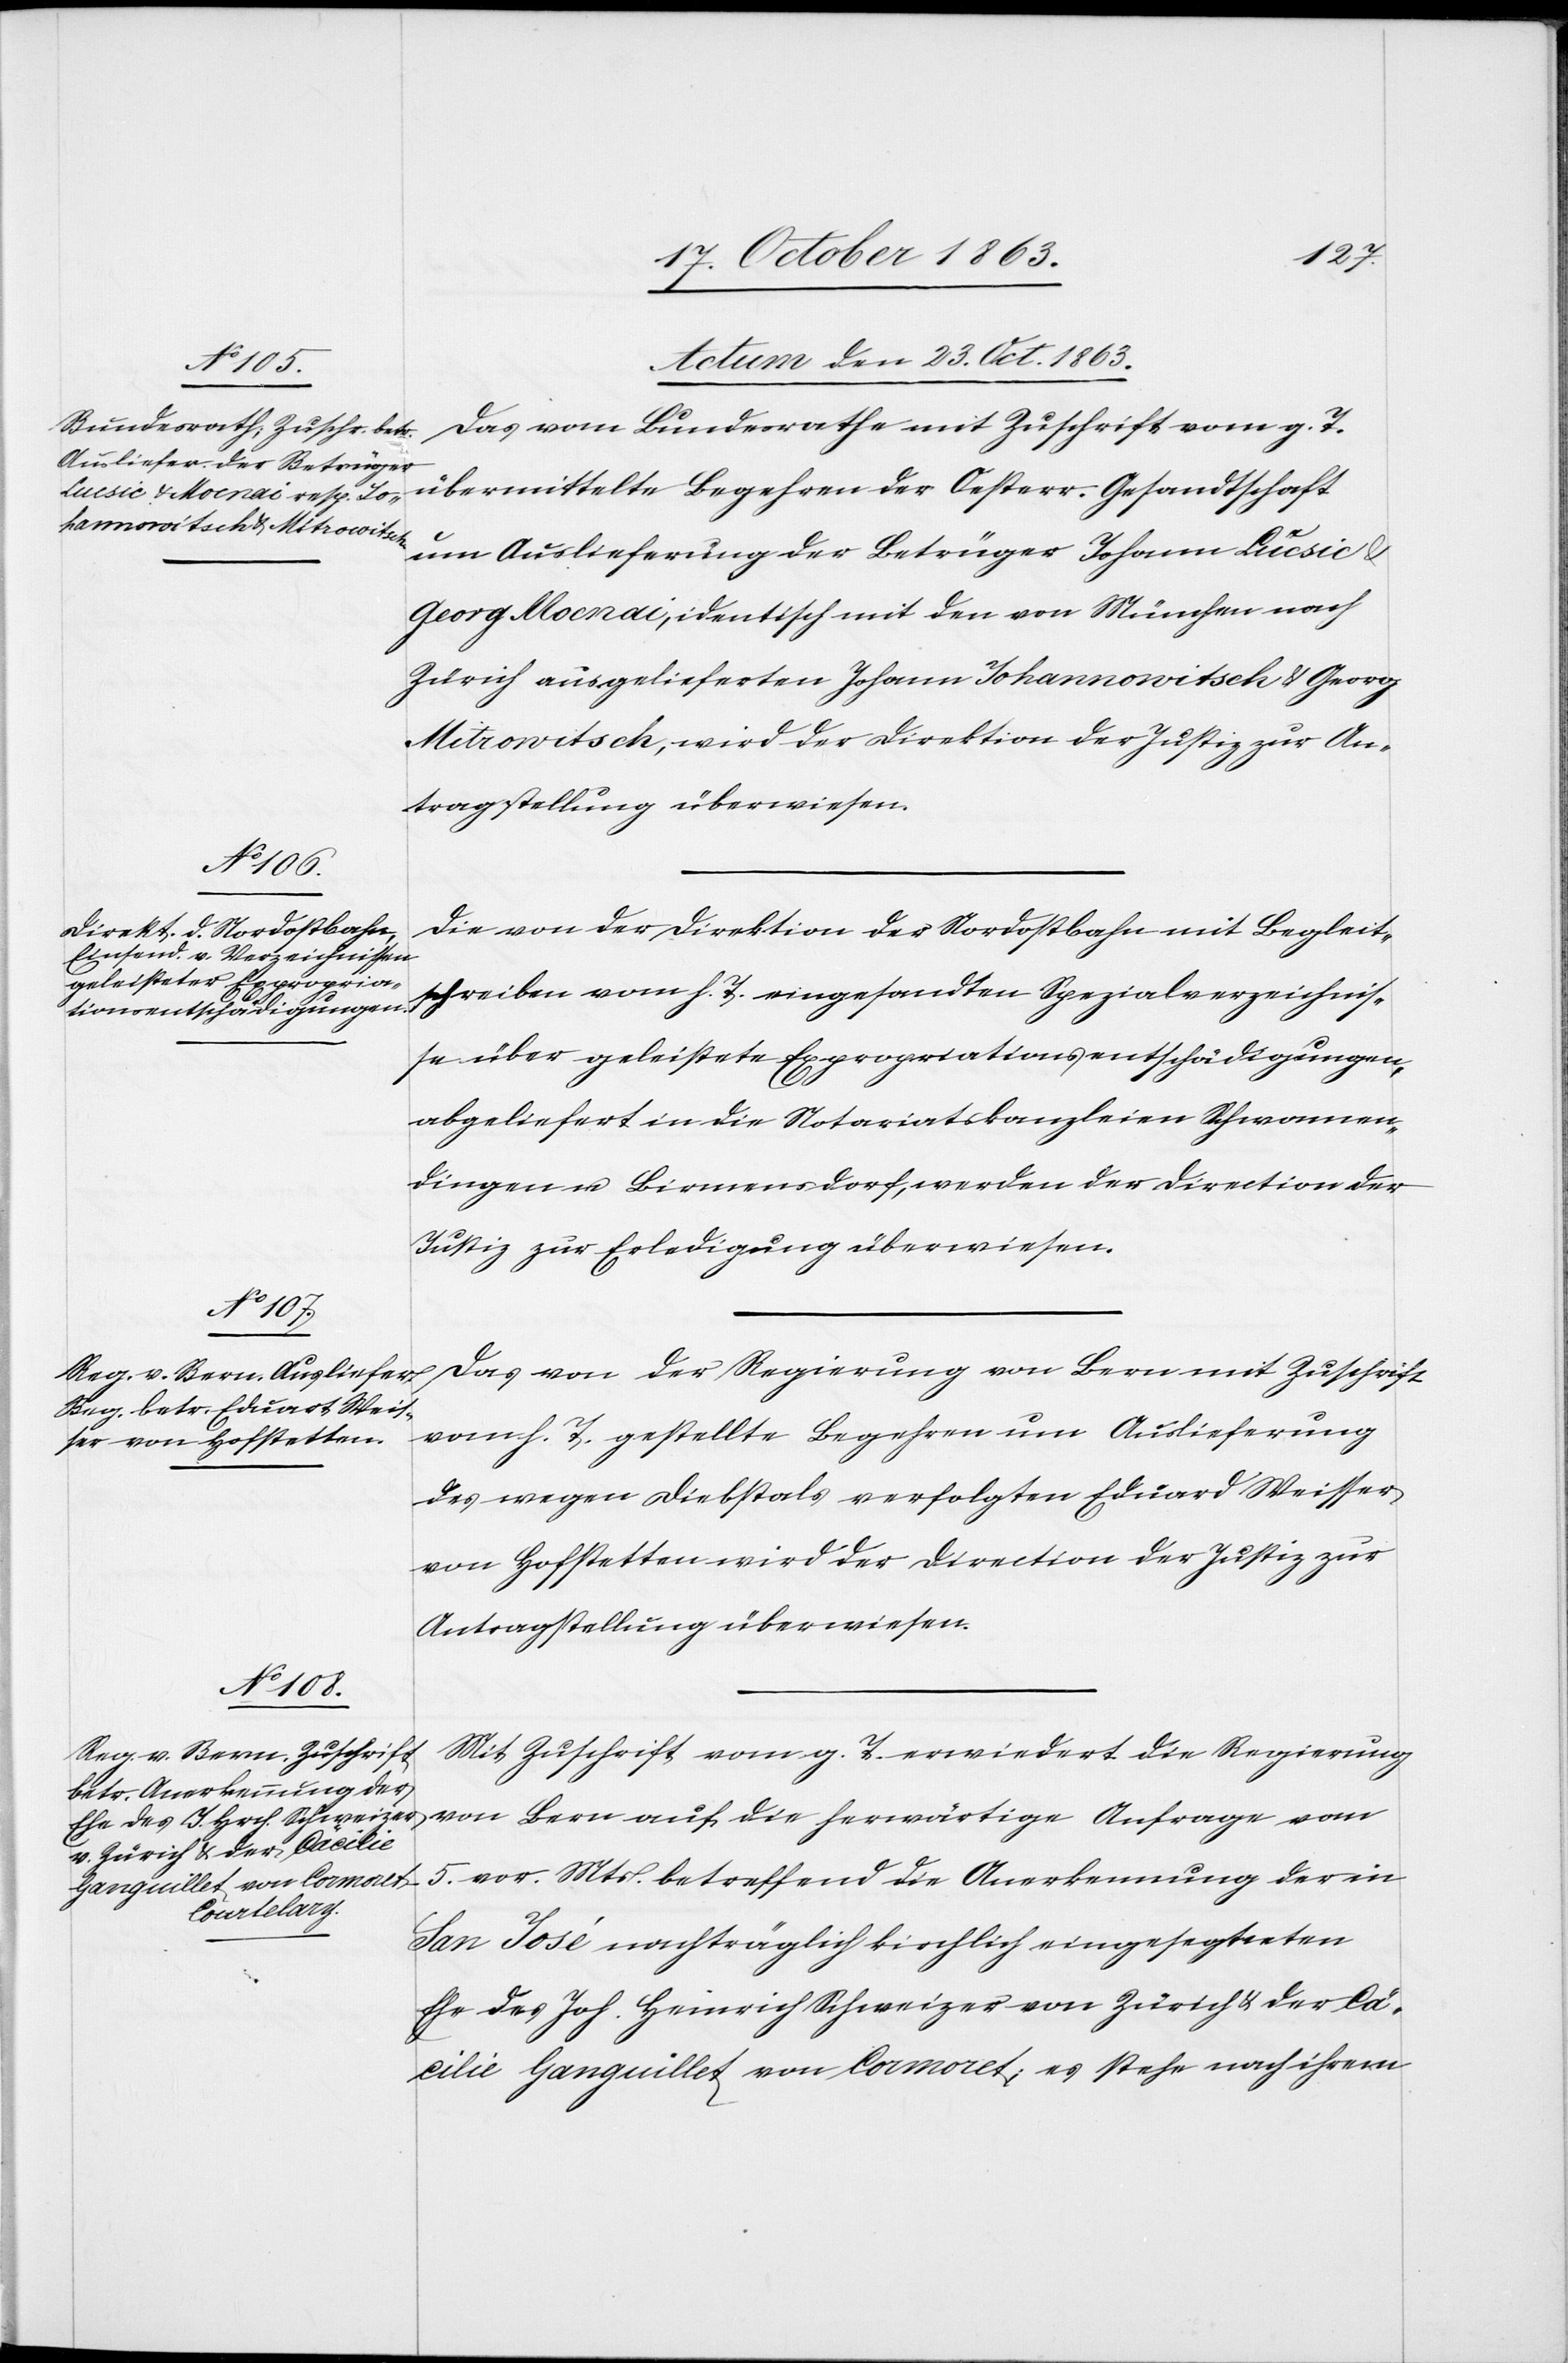
23. October 1863.]
Das vom Bundesrathe mit Zuschrift vom g. T.
übermittelte Begehren der Oesterr. Gesandtschaft
um Auslieferung der Betrüger Johann Lucsic &
Georg Mocnai, identisch mit den von München nach
Zürich ausgelieferten Johann Johannowitsch & Georg
Mitrowitsch, wird der Direktion der Justiz zur An¬
tragstellung überwiesen.
Die von der Direktion der Nordostbahn mit Begleit¬
schreiben vom h. T. eingesandten Spezialverzeichnis¬
se über geleistete Expropriationsentschädigungen,
abgeliefert in die Notariatskanzleien Schwamen¬
dingen u. Birmensdorf, werden der Direktion der
Justiz zur Erledigung überwiesen.
Das von der Regierung von Bern mit Zuschrift
vom h. T. gestellte Begehren um Auslieferung
des wegen Diebstals verfolgten Eduard [sic!]
von Hofstetten wird der Direktion der Justiz zur
Antragstellung überwiesen.
Mit Zuschrift vom g. T. erwiedert die Regierung
von Bern auf die herwärtige Anfrage vom
5. vor. Mts. betreffend die Anerkennung der in
San José nachträglich kirchlich eingesegneten
Ehe des Joh. Heinrich Schweizer von Zürich & der Cä¬
cilie Ganguillet von Cormoret; es stehe nach ihrem